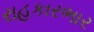
રાહકારભાર